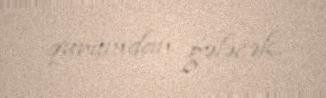
qurumdan gələcək.